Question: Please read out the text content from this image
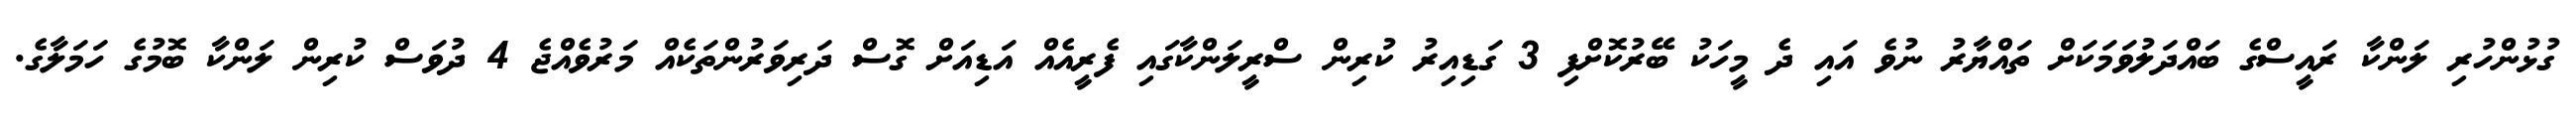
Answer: ގުޅުންހުރި ލަންކާ ރައީސްގެ ބައްދަލުވަމަކަށް ތައްޔާރު ނުވެ އައި ދެ މީހަކު ބޭރުކޮށްފި 3 ގަޑިއިރު ކުރިން ސްރީލަންކާގައި ފެރީއެއް އަޑިއަށް ގޮސް ދަރިވަރުންތަކެއް މަރުވެއްޖެ 4 ދުވަސް ކުރިން ލަންކާ ބޮމުގެ ހަމަލާގެ.